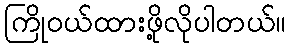
ကြိုဝယ်ထားဖို့လိုပါတယ်။